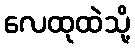
လေထုထဲသို့